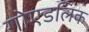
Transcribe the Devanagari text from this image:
गोएडलिक